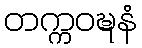
တက္ကဝဍ္ဎနံ